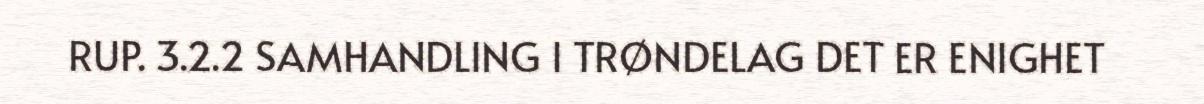
RUP. 3.2.2 SAMHANDLING I TRØNDELAG DET ER ENIGHET